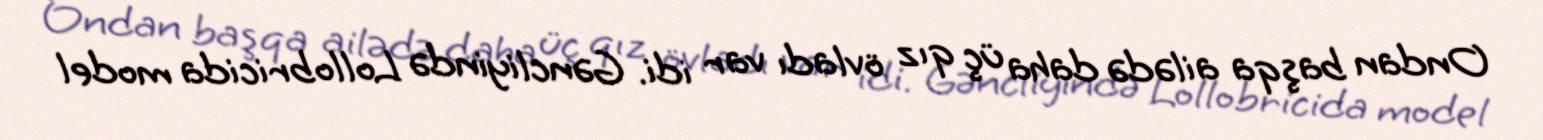
Ondan başqa ailədə daha üç qız övladı var idi. Gəncliyində Lollobricida model